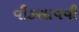
વીકસાવવી